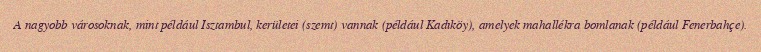
A nagyobb városoknak, mint például Isztambul, kerületei (szemt) vannak (például Kadıköy), amelyek mahallékra bomlanak (például Fenerbahçe).